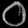
Digit: ၀